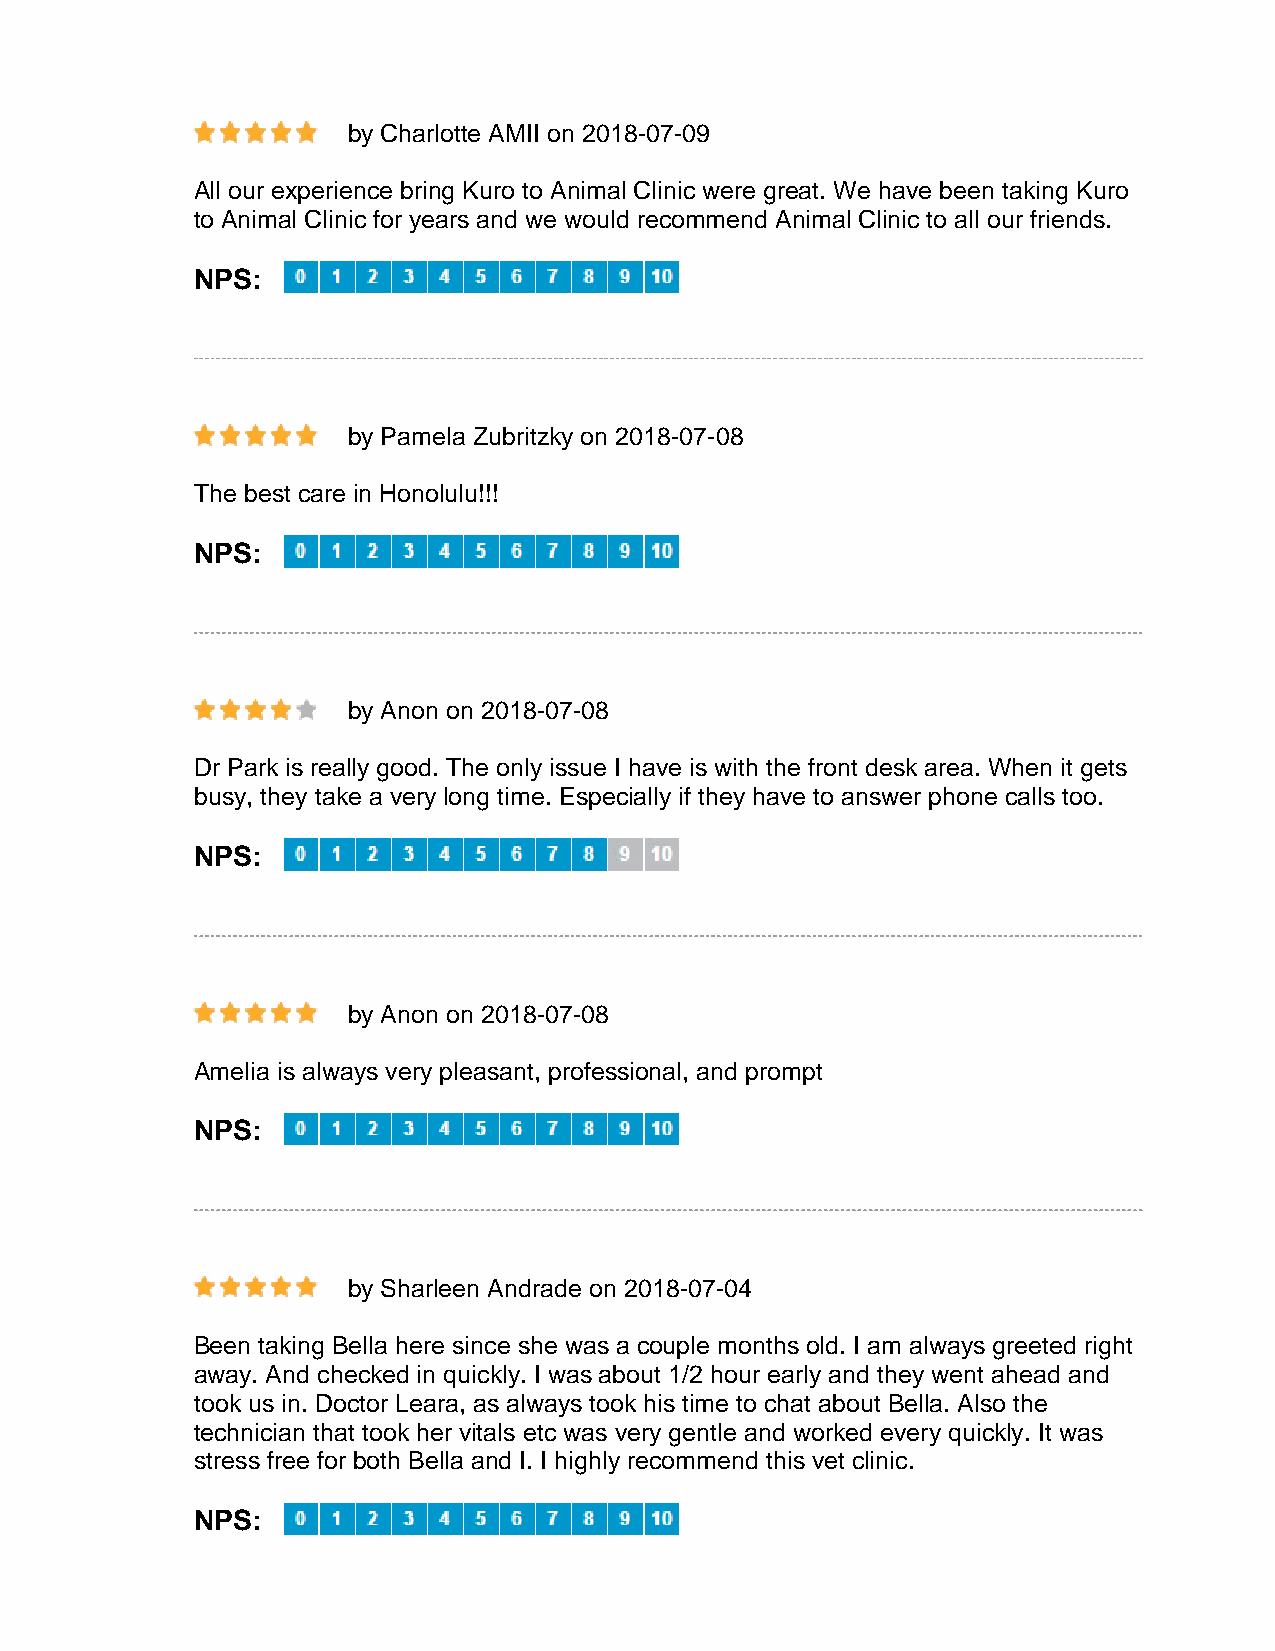
by Charlotte AMII on 2018-07-09
 All our experience bring Kuro to Animal Clinic were great. We have been taking Kuro
 to Animal Clinic for years and we would recommend Animal Clinic to all our friends.
 NPS:
 by Pamela Zubritzky on 2018-07-08
 The best care in Honolulu!!!
 NPS:
 by Anon on 2018-07-08
 Dr Park is really good. The only issue I have is with the front desk area. When it gets
 busy, they take a very long time. Especially if they have to answer phone calls too.
 NPS:
 by Anon on 2018-07-08
 Amelia is always very pleasant, professional, and prompt
 NPS:
 by Sharleen Andrade on 2018-07-04
 Been taking Bella here since she was a couple months old. I am always greeted right
 away. And checked in quickly. I was about 1/2 hour early and they went ahead and
 took us in. Doctor Leara, as always took his time to chat about Bella. Also the
 technician that took her vitals etc was very gentle and worked every quickly. It was
 stress free for both Bella and I. I highly recommend this vet clinic.
 NPS: